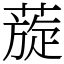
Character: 蔙